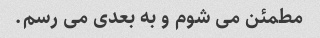
مطمئن می شوم و به بعدی می رسم.